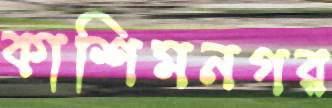
কাশিমনগর